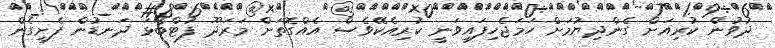
ދުވުން ކުރިއަށް ގެންދިޔުމަށް ހަމަޖެހިފައިވަނީ ކުރިއެކޭވެސް އެއްގޮތަށް މަރަދޫ ފުޓްބޯޅަ ދަނޑުން ފެށިގެން